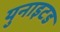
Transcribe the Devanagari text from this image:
युनाइटड